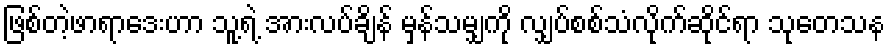
ဖြစ်တဲ့ဖာရာဒေးဟာ သူ့ရဲ့ အားလပ်ချိန် မှန်သမျှကို လျှပ်စစ်သံလိုက်ဆိုင်ရာ သုတေသန